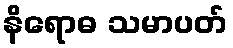
နိရောဓ သမာပတ်